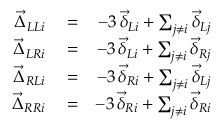
\begin{array} { r l r } { \vec { \Delta } _ { L L i } } & { { } = } & { - 3 \, \vec { \delta } _ { L i } + \sum _ { j \neq i } \vec { \delta } _ { L j } } \\ { \vec { \Delta } _ { L R i } } & { { } = } & { - 3 \, \vec { \delta } _ { L i } + \sum _ { j \neq i } \vec { \delta } _ { R j } } \\ { \vec { \Delta } _ { R L i } } & { { } = } & { - 3 \, \vec { \delta } _ { R i } + \sum _ { j \neq i } \vec { \delta } _ { L j } } \\ { \vec { \Delta } _ { R R i } } & { { } = } & { - 3 \, \vec { \delta } _ { R i } + \sum _ { j \neq i } \vec { \delta } _ { R i } } \end{array}